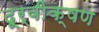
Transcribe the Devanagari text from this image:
दूर्वीक्षण